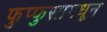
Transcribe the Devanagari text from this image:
फुप्फुसामधून